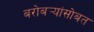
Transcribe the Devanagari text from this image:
बरोबर्‍यांसोबत